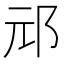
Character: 邧